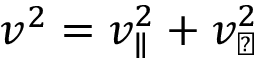
v ^ { 2 } = v _ { \parallel } ^ { 2 } + v _ { \perp } ^ { 2 }